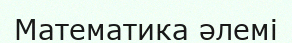
Математика әлемі